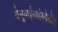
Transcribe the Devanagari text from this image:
येसूबाईसाहेबदेखील